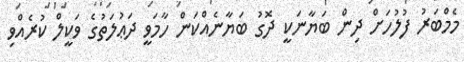
މެމްބަރު ފުލުހަށް ދިން ބަޔާނަކީ ދޮގު ބަޔާނެއްކަން ހާމަވީ ދަޢުލަތުގެ ވަކީލް ކުރެއްވި